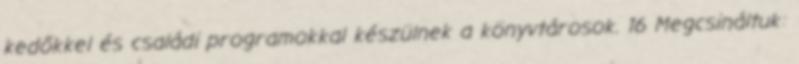
kedőkkel és családi programokkal készülnek a könyvtárosok. 16 Megcsináltuk: